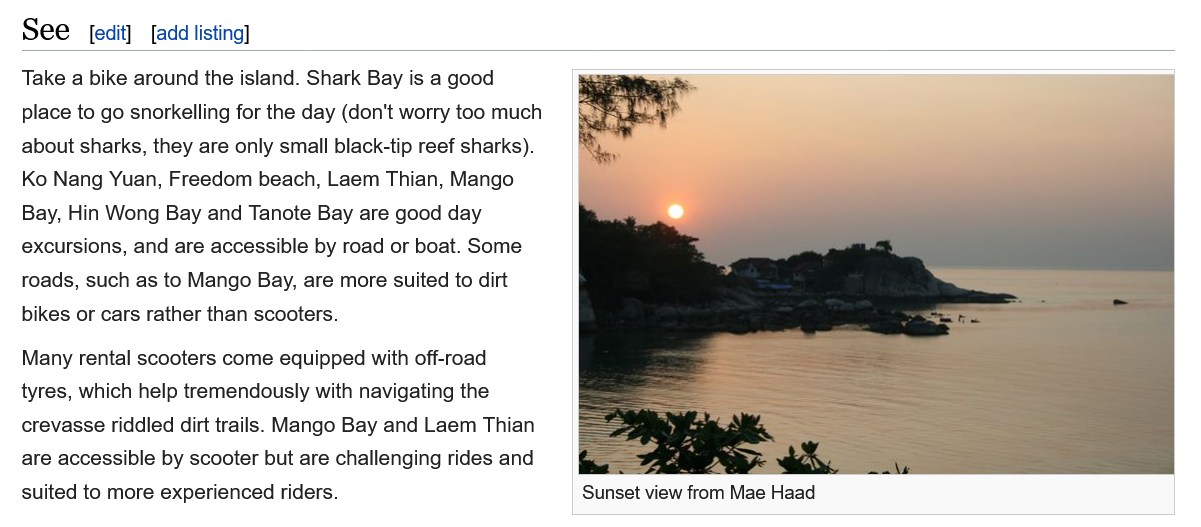
Take a bike around the island. Shark Bay is a good
  place to go snorkelling for the day (don't worry too much
  about sharks, they are only small black-tip reef sharks).
  Ko Nang Yuan, Freedom beach, Laem Thian, Mango
  Bay, Hin Wong Bay and Tanote Bay are good day
  excursions, and are accessible by road or boat. Some
  roads, such as to Mango Bay, are more suited to dirt
  bikes or cars rather than scooters.
  Many rental scooters come equipped with off-road
  tyres, which help tremendously with navigating the
  crevasse riddled dirt trails. Mango Bay and Laem Thian
  are accessible by scooter but are challenging rides and
  suited to more experienced riders.  Sunset view from Mae Haad
  See [edit] [add listing]